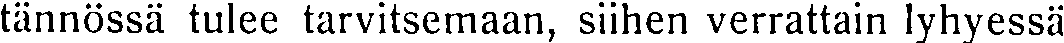
tännössä tulee tarvitsemaan, siihen verrattain lyhyessä